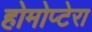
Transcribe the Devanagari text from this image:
होमोप्टेरा